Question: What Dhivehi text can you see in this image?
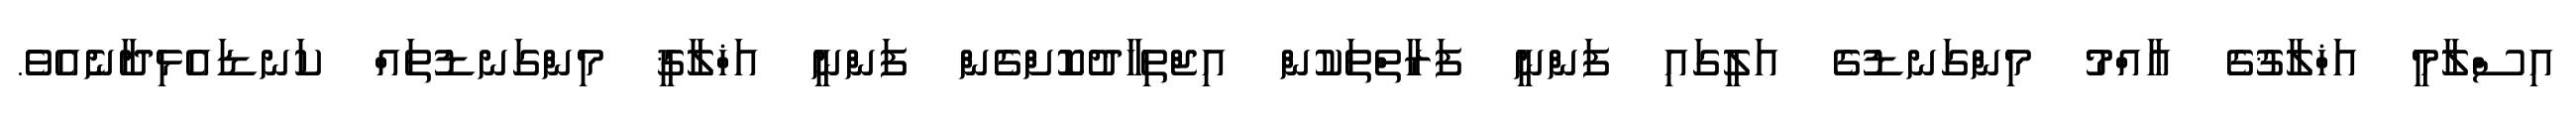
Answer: އިސްލާމީ އަޚްލާޤުގެ ޢާއްމު މިންގަނޑުގެ އަލީގައި ފަންނީ ފަރާތްތަކުން އިޖްތިހާދުކޮށްގެން ފަންނީ އަޚްލާޤީ މިންގަނޑުތައް ކަނޑައެޅިދާނެއެވެ.